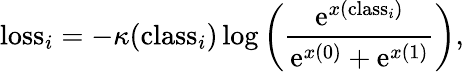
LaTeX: \mathrm{loss}_{i}=-\kappa(\mathrm{class}_{i})\log\left(\frac{\mathrm{e}^{x(\mathrm{class}_{i})}}{\mathrm{e}^{x(0)}+\mathrm{e}^{x(1)}}\right),